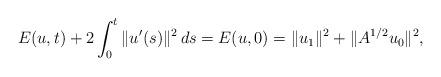
LaTeX: \begin{align*}E(u,t)+2\int_0^t\|u'(s)\|^2\,ds=E(u,0)=\|u_1\|^2+\|A^{1/2}u_0\|^2,\end{align*}